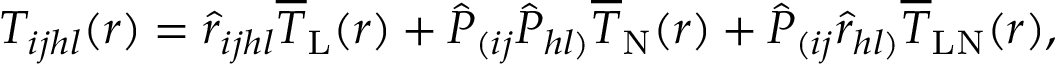
T _ { i j h l } ( r ) = \hat { r } _ { i j h l } \overline { { T } } _ { \mathrm { L } } ( r ) + \hat { P } _ { ( i j } \hat { P } _ { h l ) } \overline { { T } } _ { \mathrm { N } } ( r ) + \hat { P } _ { ( i j } \hat { r } _ { h l ) } \overline { { T } } _ { \mathrm { L N } } ( r ) ,